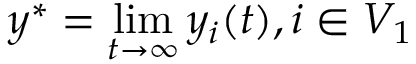
y ^ { * } = \operatorname* { l i m } _ { t \to \infty } y _ { i } ( t ) , i \in V _ { 1 }